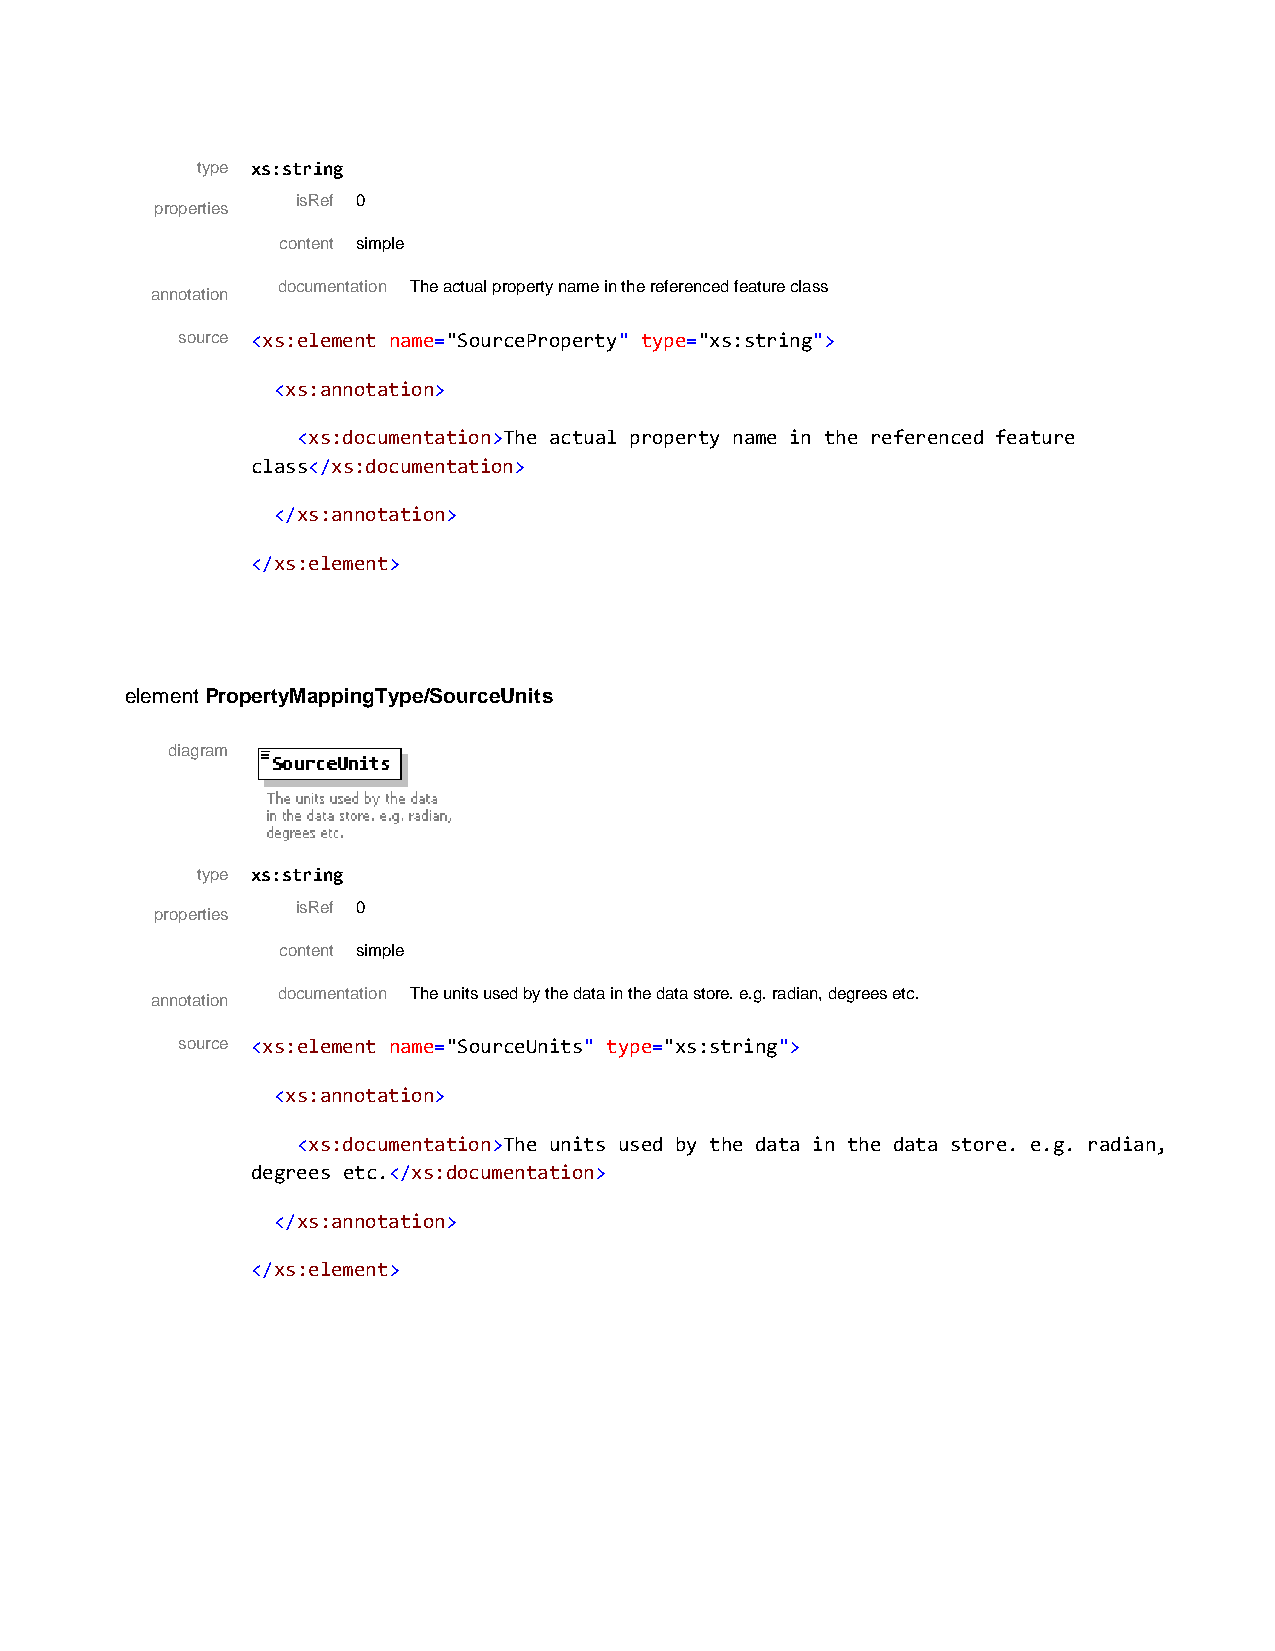
type xs:string
 isRef 0
 properties
 content simple
 documentation The actual property name in the referenced feature class
 annotation
 source <xs:element name="SourceProperty" type="xs:string">
 <xs:annotation>
 <xs:documentation>The actual property name in the referenced feature
 class</xs:documentation>
 </xs:annotation>
 </xs:element>
 element PropertyMappingType/SourceUnits
 diagram
 type xs:string
 isRef 0
 properties
 content simple
 documentation The units used by the data in the data store. e.g. radian, degrees etc.
 annotation
 source <xs:element name="SourceUnits" type="xs:string">
 <xs:annotation>
 <xs:documentation>The units used by the data in the data store. e.g. radian,
 degrees etc.</xs:documentation>
 </xs:annotation>
 </xs:element>